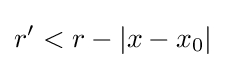
r'<r-|x-x_{0}|